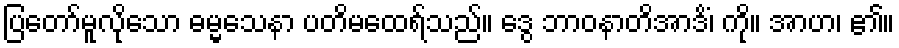
ပြတော်မူလိုသော ဓမ္မသေနာ ပတိမထေရ်သည်။ ဒွေ ဘာဝနာတိအာဒိံ၊ ကို။ အာဟ၊ ၏။